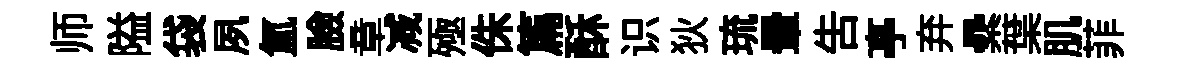
师隘袋夙氲臉章减殛侏篇酥识狄琉暈吿𠅘弃纍葉肌菲